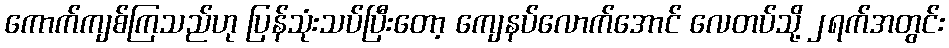
ကောက်ကျစ်ကြသည်ဟု ပြန်သုံးသပ်ပြီးတော့ ကျေနပ်လောက်အောင် လေတပ်သို့ ၂ရက်အတွင်း